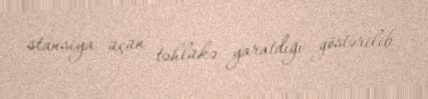
stansiya üçün təhlükə yaratdığı göstərilib.